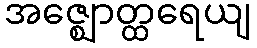
အဇ္ဈောတ္ထရေယျ